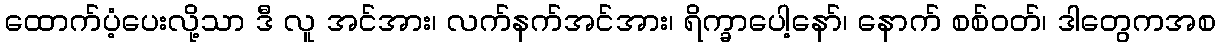
ထောက်ပံ့ပေးလို့သာ ဒီ လူ အင်အား၊ လက်နက်အင်အား၊ ရိက္ခာပေါ့နော်၊ နောက် စစ်ဝတ်၊ ဒါတွေကအစ